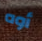
أوه